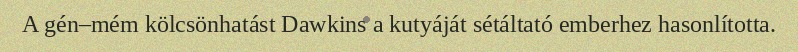
A gén–mém kölcsönhatást Dawkins a kutyáját sétáltató emberhez hasonlította.